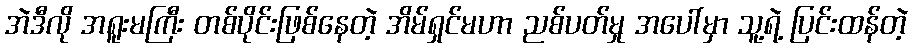
အဲဒီလို အရူးမကြီး တစ်ပိုင်းဖြစ်နေတဲ့ အိမ်ရှင်မဟာ ညစ်ပတ်မှု အပေါ်မှာ သူ့ရဲ့ ပြင်းထန်တဲ့